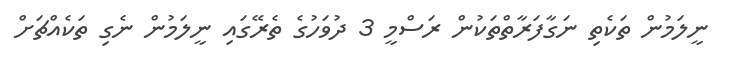
ނީލަމުން ތަކެތި ނަގާފަރާތްތަކުން ރަސްމީ 3 ދުވަހުގެ ތެރޭގައި ނީލަމުން ނެގި ތަކެއްޗަށް